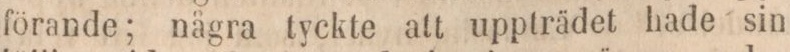
förande; några tyckte att uppträdet hade sin